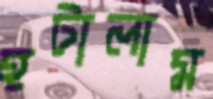
হটালাম